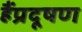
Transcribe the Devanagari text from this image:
हैंप्रदूषण